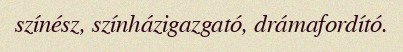
színész, színházigazgató, drámafordító.